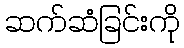
ဆက်ဆံခြင်းကို